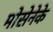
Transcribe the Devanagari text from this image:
मोसेनेके